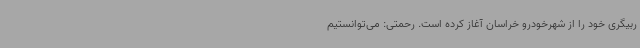
ربیگری خود را از شهرخودرو خراسان آغاز کرده است. رحمتی: می‌توانستیم